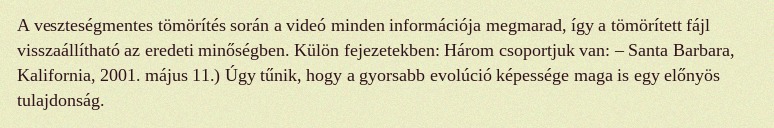
A veszteségmentes tömörítés során a videó minden információja megmarad, így a tömörített fájl visszaállítható az eredeti minőségben. Külön fejezetekben: Három csoportjuk van: – Santa Barbara, Kalifornia, 2001. május 11.) Úgy tűnik, hogy a gyorsabb evolúció képessége maga is egy előnyös tulajdonság.